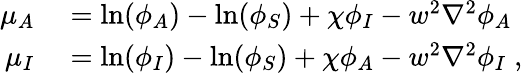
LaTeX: \begin{array}{rl}{\mu_{A}}&{{}=\ln(\phi_{A})-\ln(\phi_{S})+\chi\phi_{I}-w^{2}\nabla^{2}\phi_{A}}\\ {\mu_{I}}&{{}=\ln(\phi_{I})-\ln(\phi_{S})+\chi\phi_{A}-w^{2}\nabla^{2}\phi_{I}\; ,}\end{array}